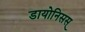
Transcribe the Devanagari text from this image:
डायोनिसस्